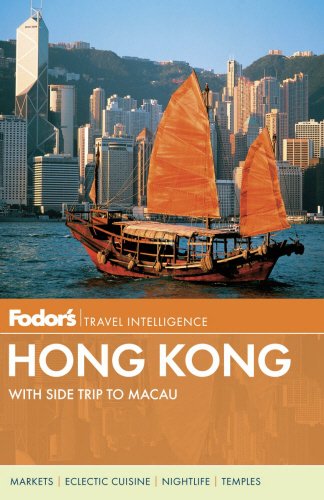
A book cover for Fodor's Hong Kong: with a Side Trip to Macau (Full-color Travel Guide); Fodor's; Travel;